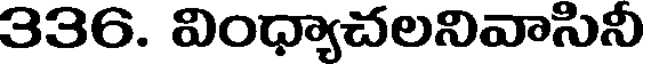
336. వింధ్యాచలనివాసినీ